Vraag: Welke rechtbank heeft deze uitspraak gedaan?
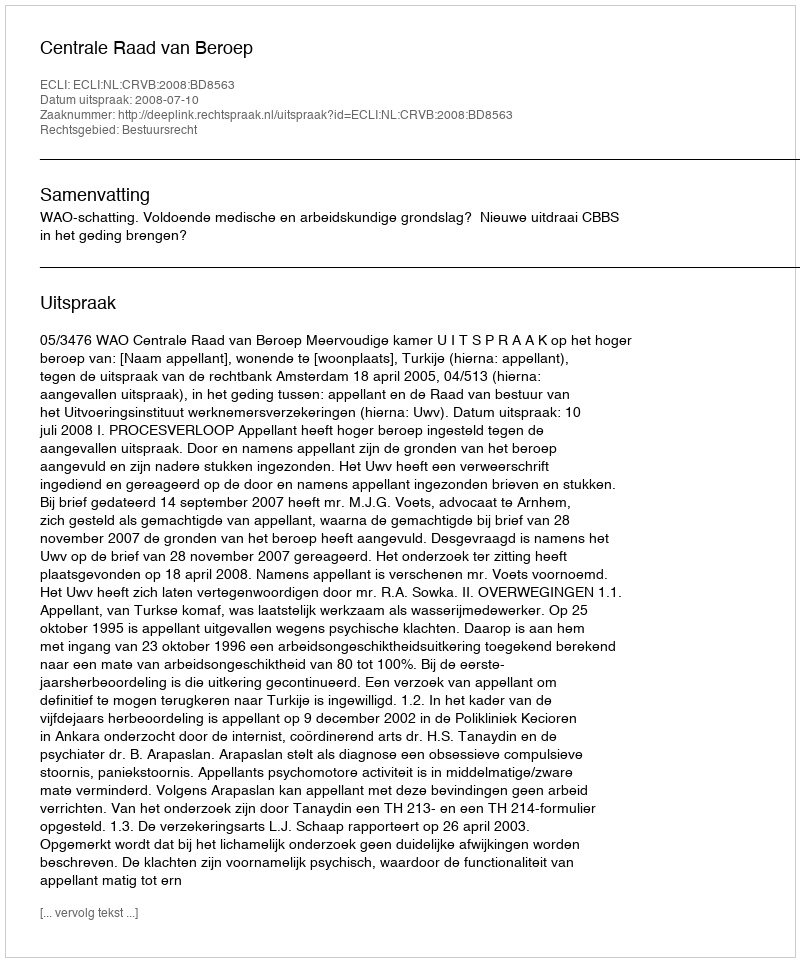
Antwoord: Centrale Raad van Beroep